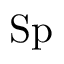
\mathrm { S p }